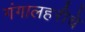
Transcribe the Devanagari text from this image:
गंगालहरीचे